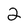
Character: 2